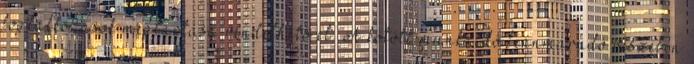
foglalkozások megtartása rendelhető el. A kötött munkaidő fennmaradó részében